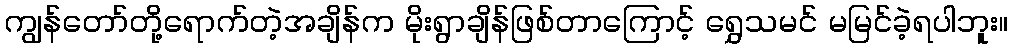
ကျွန်တော်တို့ရောက်တဲ့အချိန်က မိုးရွာချိန်ဖြစ်တာကြောင့် ရွှေသမင် မမြင်ခဲ့ရပါဘူး။